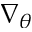
\nabla _ { \theta }